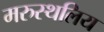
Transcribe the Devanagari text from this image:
मरुस्थलिय